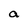
Character: a